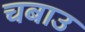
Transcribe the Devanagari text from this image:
चबाउ